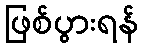
ဖြစ်ပွားရန်